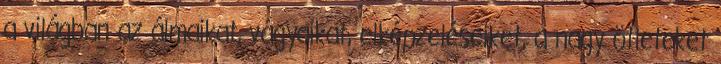
a világban az álmaikat, vágyaikat, elképzeléseiket, a nagy ötleteket